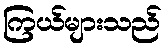
ကြယ်များသည်